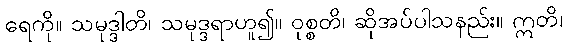
ရေကို။ သမုဒ္ဒါတိ၊ သမုဒ္ဒရာဟူ၍။ ဝုစ္စတိ၊ ဆိုအပ်ပါသနည်း။ ဣတိ၊